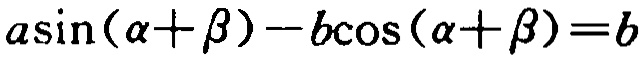
\(a\sin(\alpha+\beta)-b\cos(\alpha+\beta)=b\)